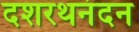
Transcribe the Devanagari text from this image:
दशरथनंदन